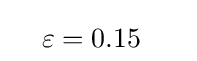
\quad \varepsilon =0.15\quad \;\;